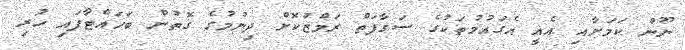
ނޫން ކަމަށާއި އެއީ އެގައުމުތަކުގެ ސަގާފަތް ރަމްޒުކޮށް ދިނުމުގެ ގޮތުން ބަހައްޓާފައި ހުރި